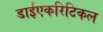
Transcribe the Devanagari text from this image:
डाईएकरिटिकल